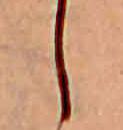
し